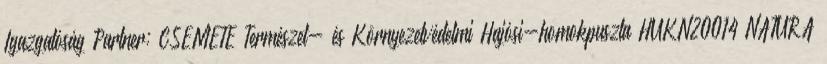
Igazgatóság Partner: CSEMETE Természet- és Környezetvédelmi Hajósi-homokpuszta HUKN20014 NATURA